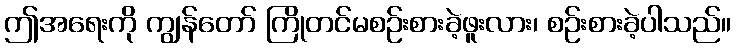
ဤအရေးကို ကျွန်တော် ကြိုတင်မစဉ်းစားခဲ့ဖူးလား၊ စဉ်းစားခဲ့ပါသည်။